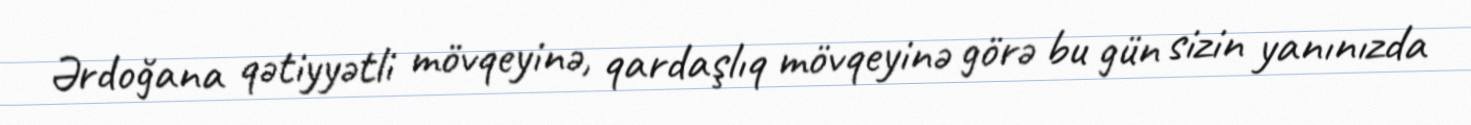
Ərdoğana qətiyyətli mövqeyinə, qardaşlıq mövqeyinə görə bu gün sizin yanınızda